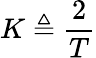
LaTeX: K\triangleq{\frac{2}{T}}